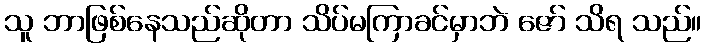
သူ ဘာဖြစ်နေသည်ဆိုတာ သိပ်မကြာခင်မှာဘဲ ဇော် သိရ သည်။